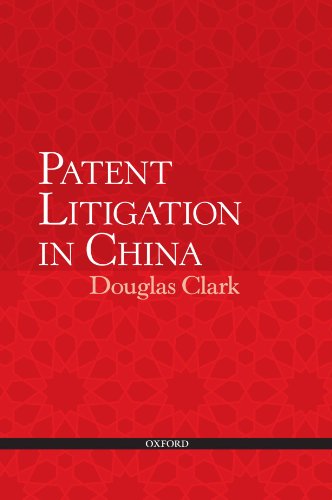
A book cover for Patent Litigation in China; Douglas Clark; Law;